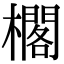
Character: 櫊